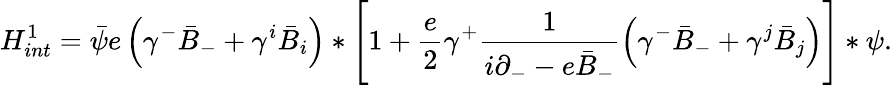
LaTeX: {H}_{int}^{1}=\bar{\psi}e\left(\gamma^{-}\bar{B}_{-}+\gamma^{i}\bar{B}_{i}\right)\ast\left[1+\frac{e}{2}\gamma^{+}\frac{1}{i\partial_{-}-e\bar{B}_{-}}\left(\gamma^{-}\bar{B}_{-}+\gamma^{j}\bar{B}_{j}\right)\right]\ast\psi.